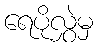
ရေပိုလွှဲမှ